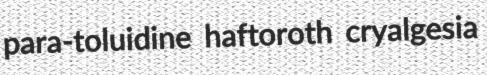
para-toluidine haftoroth cryalgesia